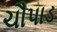
ચૌપાડ